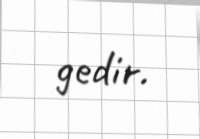
gedir.